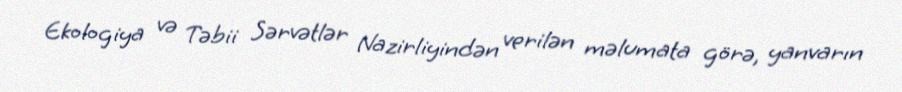
Ekologiya və Təbii Sərvətlər Nazirliyindən verilən məlumata görə, yanvarın